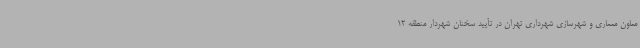
معاون معماری و شهرسازی شهرداری تهران در تأیید سخنان شهردار منطقه 12